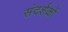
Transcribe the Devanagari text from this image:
संदर्शकों